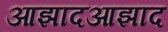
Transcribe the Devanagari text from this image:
आझादआझाद